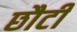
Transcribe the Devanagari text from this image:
छौटी